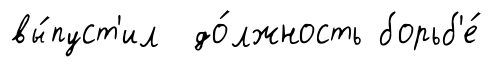
вы́пуст'ил до́лжность борьб'е́